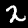
Label: 2